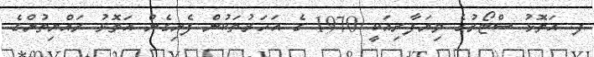
ފ. އަތޮޅު ސްޓޯރުގެ ވިޔަފާރިއަކީ 1970 ގެ އަހަރުތަކުން ފެށިގެން އަތޮޅު ރައްޔިތުންގެ